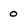
Character: 0